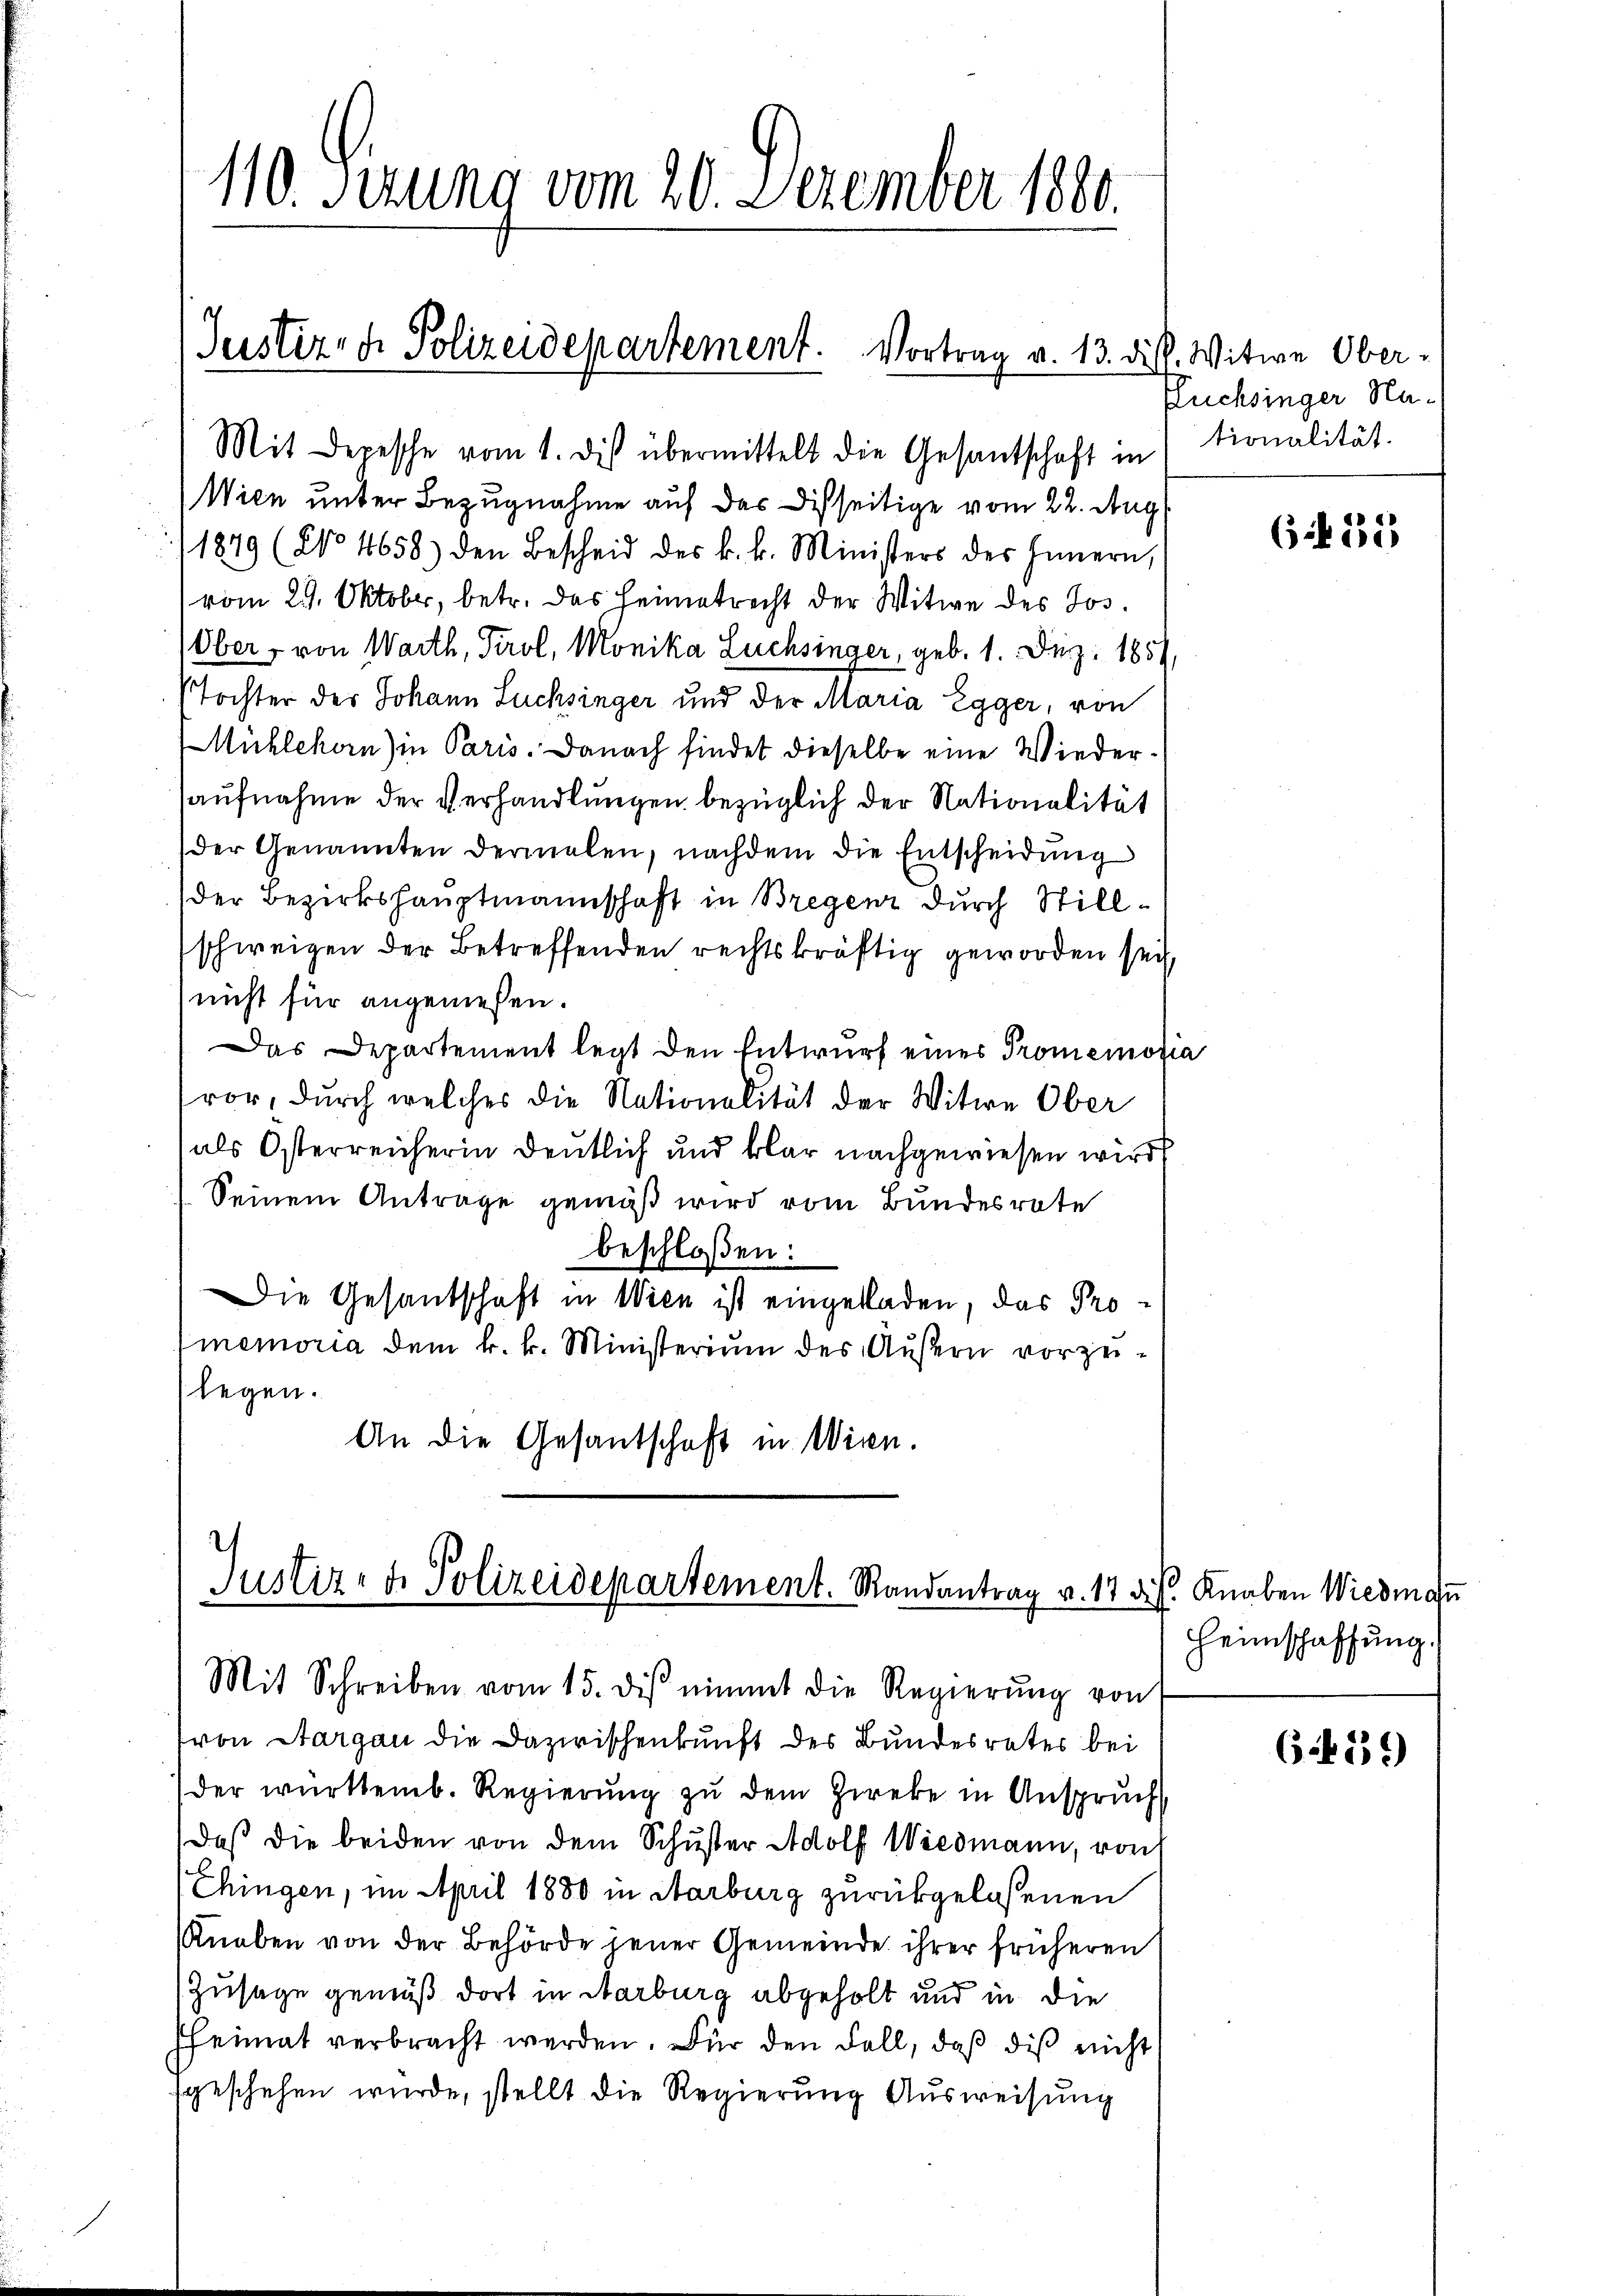
110. Sizung vom 20. Dezember 1800.

Justiz- & Polizeidepartement. Vortrag v. 13. die

Wien unter Bezugnahme auf das Disseitige vom 22. Aug
1849 (No 4658) den Bescheid des k. k. Ministers des Innern,
vom 29. Oktober, betr. das Heimatrecht der Witwe des Jos.
Ober, von Warth, Tirol, Monika Luchsinger, geb. 1. Dez. 1851,
Tochter der Johann Luchsinger und der Maria Egger, von
Mühlekan) in Paris. Danach findet dieselbe eine Wiederaufnahme der Verhandlungen bezüglich der Nationalität
der Genannten dermalen, nachdem die Entscheidŭng
der Bezirkshauptmannschaft in Bregenz durch Stillschweizen der Betreffenden rechtskräftig geworden sei,
nicht für angemessen.
Das Departement legt den Entwurf eines Promemoria
vor, durch welches die Nationalität der Witwe Ober
als Osterreicherin deutlich und klar nachgewiesen wird
Seinem Antrage gemäß wird vom Bundesrate
beschloßen:
Die Gesandschaft in Wien ist eingeladen, das Promemoria dem k. k. Ministerium des Äußern vorzulegen.
An die Gesantschaft in Wien.

Mit Depesche vom 1. des übermittelt die Gesantschaft intionalität.

Justiz- & Polizeidepartement. Randantrag v. 17 d
Mit Schreiben vom 15. des nimmt die Regierŭng von

von Sargau die Dazwischenkunft des Bundesrates bei
der württemb. Regierung zu dem Zweke in Anspruch
Daß die beiden von dem Schuster Adolf Wiedmann, von
Chingen, im April 1880 in Aarburg zurückgelassenen
Knaben von der Behörde jener Gemeinde ihrer früheren
Zusage gemäß dort in Karburg abgeholt und in die
fheimat verbracht werden. Für den Fall, daß die nicht
geschehen wurde, stellt die Regierung Ausweisung

k. Witwe Ober-
Füchsinger Ha¬

6 f 25

Knaben Wiedmau
s
Heimschaffung.

6.39)